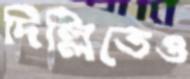
দিল্লিতেও